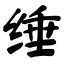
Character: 缍